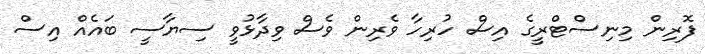
ފޮރިން މިނިސްޓްރީގެ އިސް ހުރިހާ ވެރިން ވެސް ވިދާޅުވީ ސިޔާސީ ބައެއް އިސް